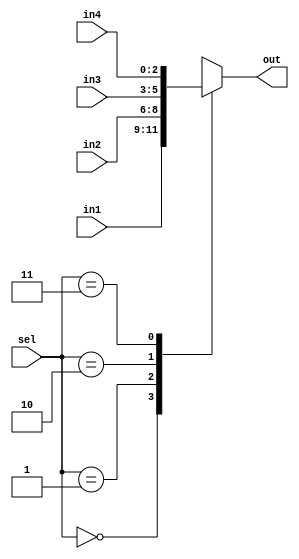
module MUX41tema (input[2:0] in1, input[2:0] in2, input[2:0] in3, input[2:0] in4, input[1:0] sel, output reg[2:0] out);
	always@(in1 or in2 or in3 or in4 or sel) begin
		case(sel)
			0: begin out = in1; end
			1: begin out = in2; end
			2: begin out = in3; end
			3: begin out = in4; end
			default begin end
		endcase
	end
endmodule